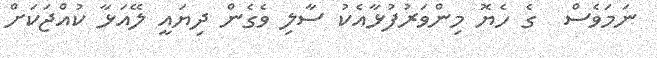
ނަމަވެސް  ގެ ހެޔޮ މިންވަރުފުޅާއެކު ސާލި ވެގެން ދިޔައީ ލޭއަޅާ ކުއްޖަކަށް